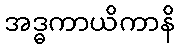
အဒ္ဓကာယိကာနိ